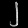
Digit: ၂